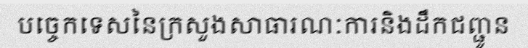
បច្ចេកទេសនៃក្រសួងសាធារណៈការនិងដឹកជញ្ជូន